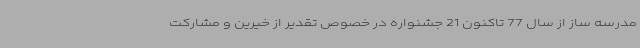
مدرسه ساز از سال 77 تاکنون 21 جشنواره در خصوص تقدیر از خیرین و مشارکت